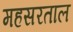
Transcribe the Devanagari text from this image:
महसरताल